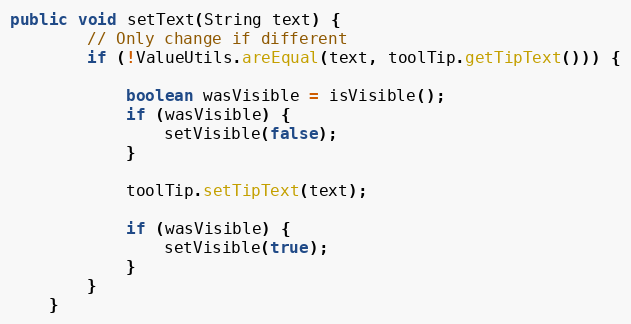
Language: Java
public void setText(String text) {
        // Only change if different
        if (!ValueUtils.areEqual(text, toolTip.getTipText())) {

            boolean wasVisible = isVisible();
            if (wasVisible) {
                setVisible(false);
            }

            toolTip.setTipText(text);

            if (wasVisible) {
                setVisible(true);
            }
        }
    }